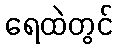
ရေထဲတွင်